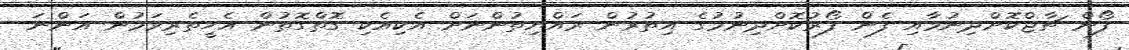
ފޯން ޗާޖްކޮށްދިނުމާއި ފެން ފޯރުކޮށްދިނުމުގެ އިތުރުން ރައްޔިތުންނަށް އެކިއެކި ގޮތްގޮތުން އެހީތެރިވަމުން އަންނަ